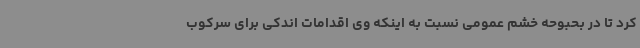
کرد تا در بحبوحه خشم عمومی نسبت به اینکه وی اقدامات اندکی برای سرکوب